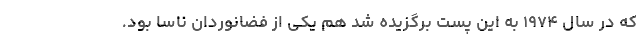
که در سال ۱۹۷۴ به این پست برگزیده شد هم یکی از فضانوردان ناسا بود.